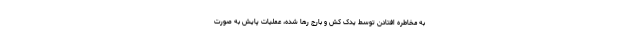
به مخاطره افتادن توسط یدک کش و بارج رها شده، عملیات پایش به صورت